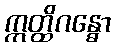
ဣတ္ထိဂန္ဓော